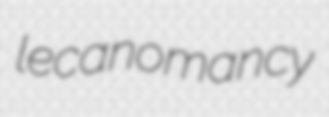
lecanomancy